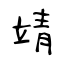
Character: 靖